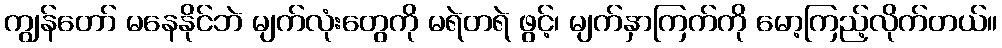
ကျွန်တော် မနေနိုင်ဘဲ မျက်လုံးတွေကို မရဲတရဲ ဖွင့်၊ မျက်နှာကြက်ကို မော့ကြည့်လိုက်တယ်။